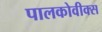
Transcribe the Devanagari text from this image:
पालकोवीक्स